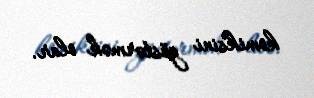
komiksini göstərmək olar.